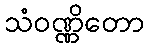
သံဝဏ္ဏိတော